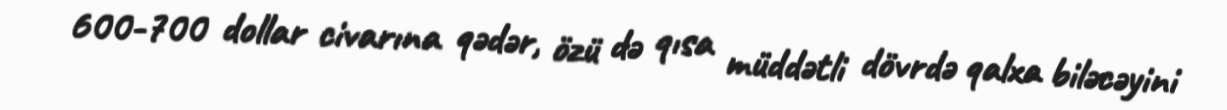
600-700 dollar civarına qədər, özü də qısa müddətli dövrdə qalxa biləcəyini